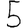
Digit: 5